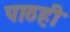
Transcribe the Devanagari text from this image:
पाठही